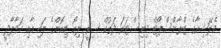
މެލޭޝިއާގެ ޓްރާންސްޕޯޓް މިނިސްޓަރަ ދަތުކް ސިރީ ލިއޯ ޓިއޮންގެ ލައި އާއި ހަވާލާދީ